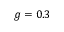
g = 0 . 3